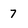
Character: 7